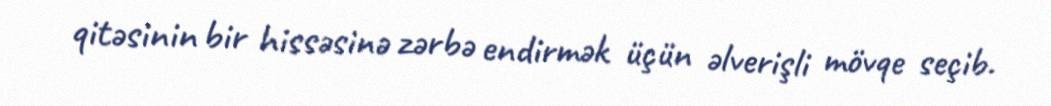
qitəsinin bir hissəsinə zərbə endirmək üçün əlverişli mövqe seçib.